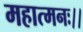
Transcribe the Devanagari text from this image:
महात्मनः।।